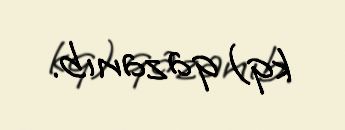
kq) qazanıb.